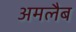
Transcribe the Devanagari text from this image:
अमलैब